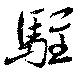
駐